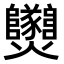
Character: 𤓫